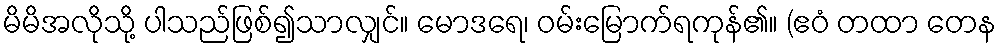
မိမိအလိုသို့ ပါသည်ဖြစ်၍သာလျှင်။ မောဒရေ၊ ဝမ်းမြောက်ရကုန်၏။ (ဧဝံ တထာ တေန